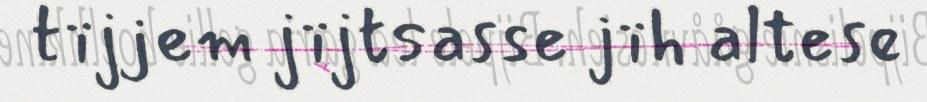
tïjjem jïjtsasse jïh altese